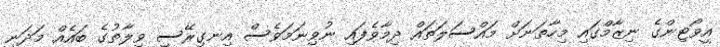
އީވޯޓިންގެ ނިޒާމްގައި މިހާތަނަށް މައްސަލަތައް ދިމާވެފައި ނުވިނަމަވެސް އިނގިރޭސި ވިލާތުގެ ބައެއް މަދަނީ